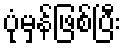
ပုံမှန်ဖြစ်ပြီး